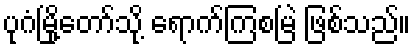
ပုဂံမြို့တော်သို့ ရောက်ကြစမြဲ ဖြစ်သည်။